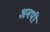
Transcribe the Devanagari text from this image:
अनपी